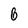
Character: 6